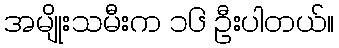
အမျိုးသမီးက ၁၆ ဦးပါတယ်။